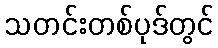
သတင်းတစ်ပုဒ်တွင်